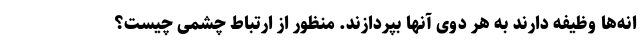
انه‌ها وظیفه دارند به هر دوی آنها بپردازند. منظور از ارتباط چشمی چیست؟